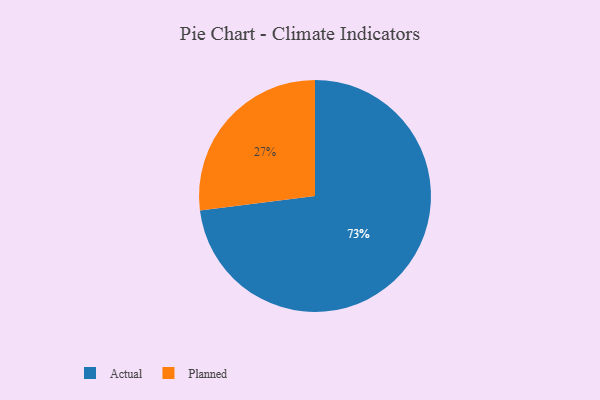
{"axis": {"x": "Category", "y": "Percentage"}, "legend": ["Actual", "Planned"], "data": [{"x": "Actual", "y": 73, "type": "Actual"}, {"x": "Planned", "y": 27, "type": "Planned"}]}